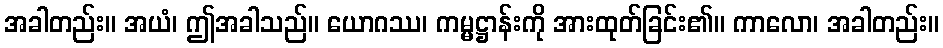
အခါတည်း။ အယံ၊ ဤအခါသည်။ ယောဂဿ၊ ကမ္မဋ္ဌာန်းကို အားထုတ်ခြင်း၏။ ကာလော၊ အခါတည်း။